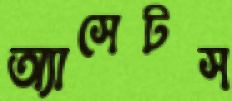
অ্যাসেটস